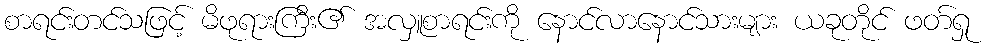
စာရင်းတင်သဖြင့် မိဖုရားကြီး၏ အလှူစာရင်းကို နောင်လာနောင်သားများ ယခုတိုင် ဖတ်ရှု